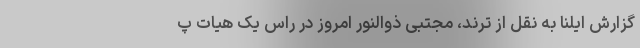
گزارش ایلنا به نقل از ترند،‌ مجتبی ذوالنور امروز در راس یک هیات پ